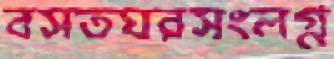
বসতঘরসংলগ্ন